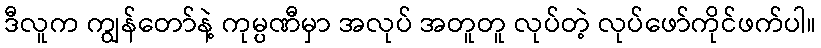
ဒီလူက ကျွန်တော်နဲ့ ကုမ္ပဏီမှာ အလုပ် အတူတူ လုပ်တဲ့ လုပ်ဖော်ကိုင်ဖက်ပါ။